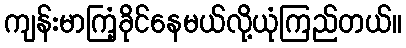
ကျန်းမာကြံ့ခိုင်နေမယ်လို့ယုံကြည်တယ်။